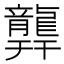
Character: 𪚜